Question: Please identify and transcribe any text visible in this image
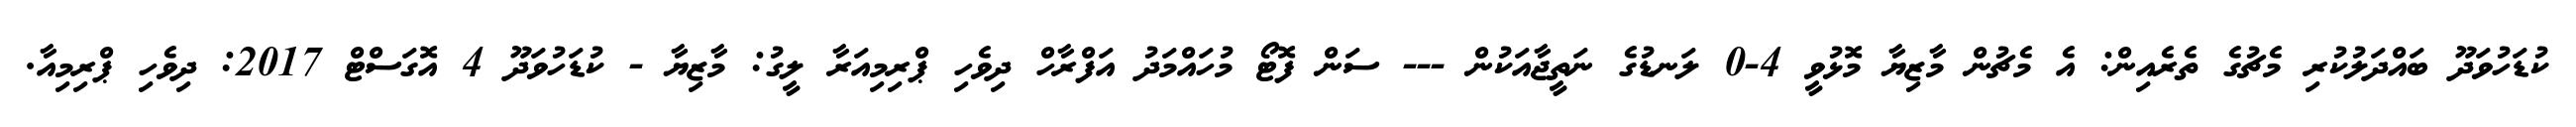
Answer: ކުޑަހުވަދޫ ބައްދަލުކުރި މެޗުގެ ތެރެއިން: އެ މެޗުން މާޒިޔާ މޮޅުވީ 4-0 ލަނޑުގެ ނަތީޖާއަކުން --- ސަން ފޮޓޯ މުހައްމަދު އަފްރާހް ދިވެހި ޕްރިމިއަރާ ލީގު: މާޒިޔާ - ކުޑަހުވަދޫ 4 އޮގަސްޓް 2017: ދިވެހި ޕްރިމިއާ.